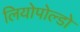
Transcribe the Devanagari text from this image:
लियोपोल्डो